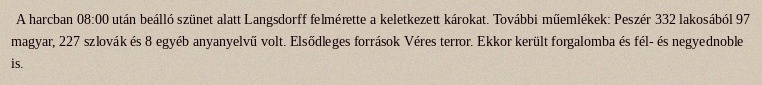
A harcban 08:00 után beálló szünet alatt Langsdorff felmérette a keletkezett károkat. További műemlékek: Peszér 332 lakosából 97 magyar, 227 szlovák és 8 egyéb anyanyelvű volt. Elsődleges források Véres terror. Ekkor került forgalomba és fél- és negyednoble is.